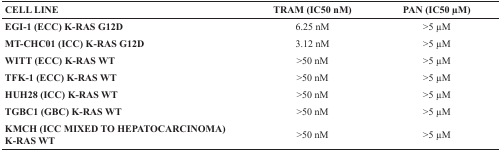
<table><thead><tr><td><b>CELL LINE</b></td><td><b>TRAM (IC50 nM)</b></td><td><b>PAN (IC50 μM)</b></td></tr></thead><tbody><tr><td><b>EGI-1 (ECC) K-RAS G12D</b></td><td>6.25 nM</td><td>&gt;5 μM</td></tr><tr><td><b>MT-CHC01 (ICC) K-RAS G12D</b></td><td>3.12 nM</td><td>&gt;5 μM</td></tr><tr><td><b>WITT (ECC) K-RAS WT</b></td><td>&gt;50 nM</td><td>&gt;5 μM</td></tr><tr><td><b>TFK-1 (ECC) K-RAS WT</b></td><td>&gt;50 nM</td><td>&gt;5 μM</td></tr><tr><td><b>HUH28 (ICC) K-RAS WT</b></td><td>&gt;50 nM</td><td>&gt;5 μM</td></tr><tr><td><b>TGBC1 (GBC) K-RAS WT</b></td><td>&gt;50 nM</td><td>&gt;5 μM</td></tr><tr><td><b>KMCH (ICC MIXED TO HEPATOCARCINOMA) K-RAS WT</b></td><td>&gt;50 nM</td><td>&gt;5 μM</td></tr></tbody></table>